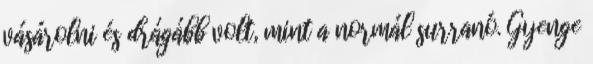
vásárolni és drágább volt, mint a normál surranó. Gyenge